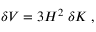
\delta V = 3 H ^ { 2 } \; \delta K \; ,